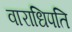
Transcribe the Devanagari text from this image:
वाराधिपति